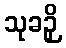
သုခဉှိ